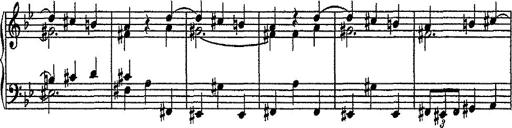
Title: Scherzo
Composer: Rogelio Villar
Key: D minor